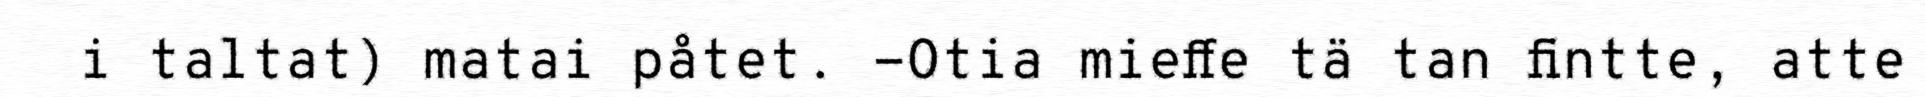
i taltat) matai påtet. -Otia mieffe tä tan fintte, atte